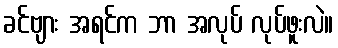
ခင်ဗျား အရင်က ဘာ အလုပ် လုပ်ဖူးလဲ။